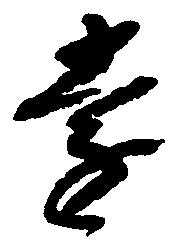
遠